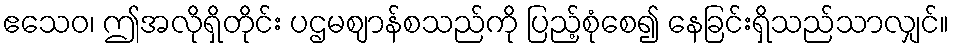
ဧသေဝ၊ ဤအလိုရှိတိုင်း ပဌမဈာန်စသည်ကို ပြည့်စုံစေ၍ နေခြင်းရှိသည်သာလျှင်။